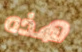
هذه